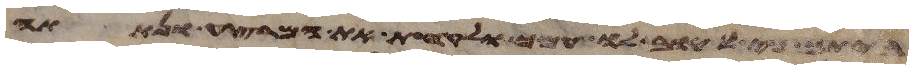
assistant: כי טוב לו עמך ולקחת את המרצע ונתתה